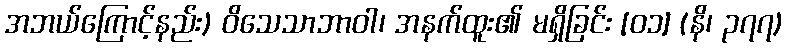
အဘယ်ကြောင့်နည်း) ဝိသေသာဘာဝါ၊ အနက်ထူး၏ မရှိခြင်း [၀၁] (နိ၊ ၃၇၇)